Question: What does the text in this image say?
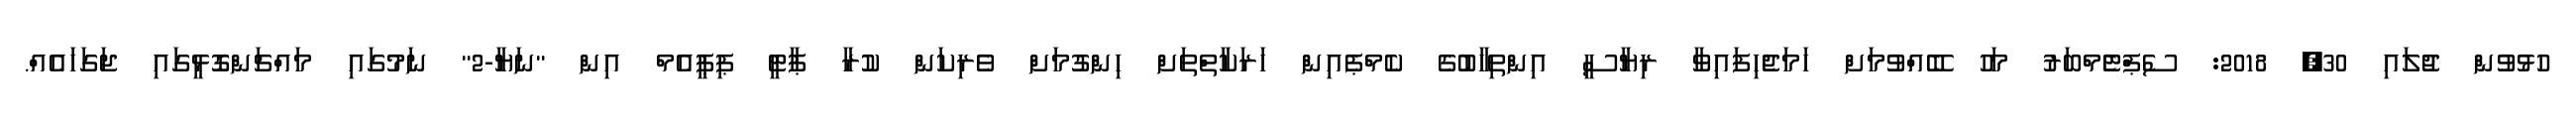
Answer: ހުޅުވުން ޖުލައި 30, 2018: ސެޕްޓެެމްބަރު މަހު ބޭއްވުމަށް ހަމަޖެހިފައިވާ ރިޔާސީ އިންތިހާބުގެ ކެމްޕެއިން ހަރަކާތްތަށް ހިންގުމަށް ވެރިކަން ކުރާ ޕާޓީ ޕިޕީއެމް އިން "ނަޔާ-2" ނަމުގައި މައްޗަންގޮޅީގައި ޖަގަހައެއް.